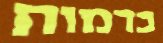
בדמות